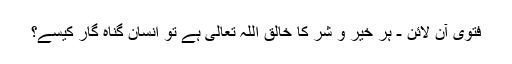
فتویٰ آن لائن - ہر خیر و شر کا خالق اللہ تعالیٰ ہے تو انسان گناہ گار کیسے؟